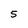
Character: 5